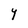
Character: Y